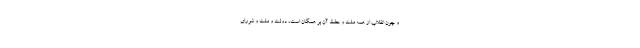
و چون انقلاب از همه ملت و حفظ آن بر همگان است، دولت و ملت و شورای